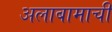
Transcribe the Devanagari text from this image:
अलाबामाची